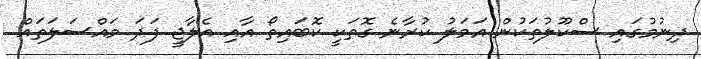
ދިނުމުގައި ސްކޫލުތަކުން އަމަލު ކުރާނެ ގޮތަކީ ކޮބައިތޯ އާއި އެލާޖީ ފަދަ މައްސަލަތައް